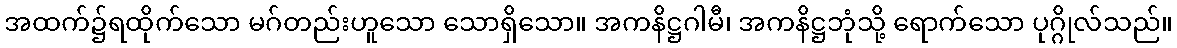
အထက်၌ရထိုက်သော မဂ်တည်းဟူသော သောရှိသော။ အကနိဋ္ဌဂါမီ၊ အကနိဋ္ဌဘုံသို့ ရောက်သော ပုဂ္ဂိုလ်သည်။